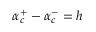
\alpha _ { c } ^ { + } - \alpha _ { c } ^ { - } = h